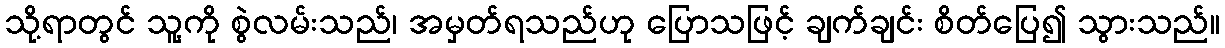
သို့ရာတွင် သူ့ကို စွဲလမ်းသည်၊ အမှတ်ရသည်ဟု ပြောသဖြင့် ချက်ချင်း စိတ်ပြေ၍ သွားသည်။